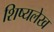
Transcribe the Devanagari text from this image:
शिष्यलेख